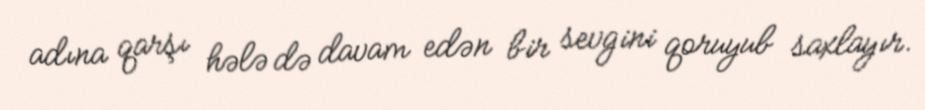
adına qarşı hələ də davam edən bir sevgini qoruyub saxlayır.